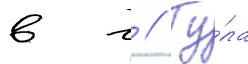
в г // Ту́ла